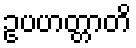
ဥပဟတ္တာတိ